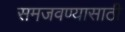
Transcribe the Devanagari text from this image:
समजवण्यासाठी